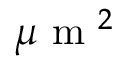
{ \mu \mathrm { ~ m ~ } } ^ { 2 }